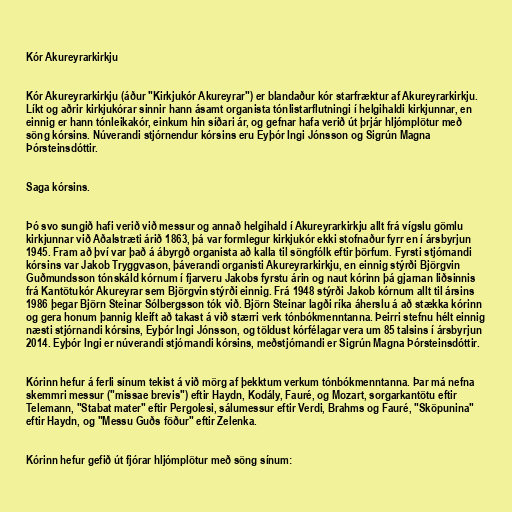
Kór Akureyrarkirkju

Kór Akureyrarkirkju (áður "Kirkjukór Akureyrar") er blandaður kór starfræktur af Akureyrarkirkju.
Líkt og aðrir kirkjukórar sinnir hann ásamt organista tónlistarflutningi í helgihaldi kirkjunnar, en
einnig er hann tónleikakór, einkum hin síðari ár, og gefnar hafa verið út þrjár hljómplötur með
söng kórsins. Núverandi stjórnendur kórsins eru Eyþór Ingi Jónsson og Sigrún Magna
Þórsteinsdóttir.

Saga kórsins.

Þó svo sungið hafi verið við messur og annað helgihald í Akureyrarkirkju allt frá vígslu gömlu
kirkjunnar við Aðalstræti árið 1863, þá var formlegur kirkjukór ekki stofnaður fyrr en í ársbyrjun
1945. Fram að því var það á ábyrgð organista að kalla til söngfólk eftir þörfum. Fyrsti stjórnandi
kórsins var Jakob Tryggvason, þáverandi organisti Akureyrarkirkju, en einnig stýrði Björgvin
Guðmundsson tónskáld kórnum í fjarveru Jakobs fyrstu árin og naut kórinn þá gjarnan liðsinnis
frá Kantötukór Akureyrar sem Björgvin stýrði einnig. Frá 1948 stýrði Jakob kórnum allt til ársins
1986 þegar Björn Steinar Sólbergsson tók við. Björn Steinar lagði ríka áherslu á að stækka kórinn
og gera honum þannig kleift að takast á við stærri verk tónbókmenntanna. Þeirri stefnu hélt einnig
næsti stjórnandi kórsins, Eyþór Ingi Jónsson, og töldust kórfélagar vera um 85 talsins í ársbyrjun
2014. Eyþór Ingi er núverandi stjórnandi kórsins, meðstjórnandi er Sigrún Magna Þórsteinsdóttir.

Kórinn hefur á ferli sínum tekist á við mörg af þekktum verkum tónbókmenntanna. Þar má nefna
skemmri messur ("missae brevis") eftir Haydn, Kodály, Fauré, og Mozart, sorgarkantötu eftir
Telemann, "Stabat mater" eftir Pergolesi, sálumessur eftir Verdi, Brahms og Fauré, "Sköpunina"
eftir Haydn, og "Messu Guðs föður" eftir Zelenka.

Kórinn hefur gefið út fjórar hljómplötur með söng sínum: